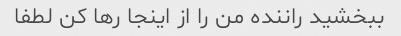
ببخشید راننده من را از اینجا رها کن لطفا